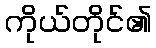
ကိုယ်တိုင်၏